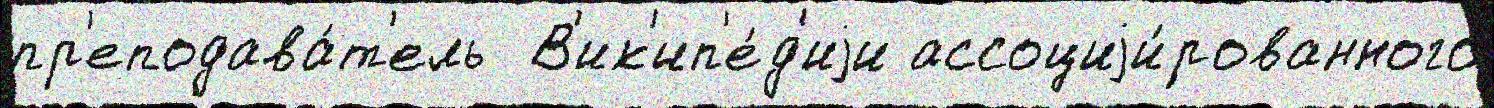
пр'еподава́т'ель  В'ик'ип'е́д'иjи ассоциjи́рованного